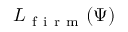
{ L } _ { \mathrm { ~ f ~ i ~ r ~ m ~ } } ( \Psi )